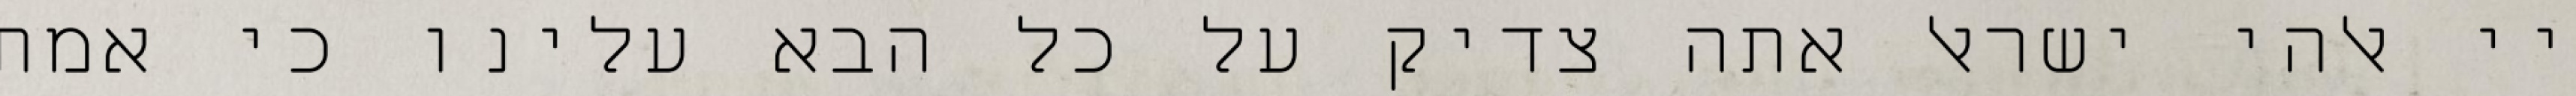
יי אלהי ישראל אתה צדיק על כל הבא עלינו כי אמת